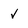
Character: v